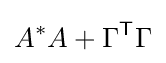
A^{*}A+\Gamma ^{\mathsf {T}}\Gamma